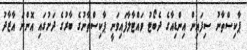
ޕާކިސްތާނު ސިފައިން އިންޑިއާގެ ދެބޯޓު ވައްޓާލާފައިވަނީ ޕާކިސްތާނުގެ ބާރުގެ ދަށުގައި އޮންނަ އާޒާދު